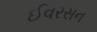
ઈવરસન